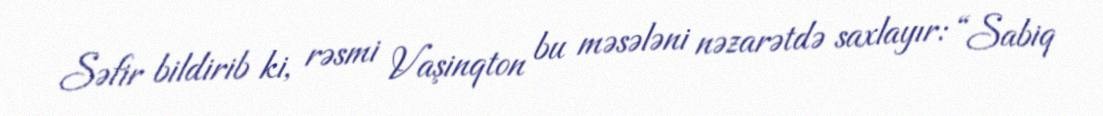
Səfir bildirib ki, rəsmi Vaşinqton bu məsələni nəzarətdə saxlayır: “Sabiq